Report on the working of the Ranchi Indian Mental Hospital, Kanke, in Bihar and Orissa - 1930-1940
Year: 1930
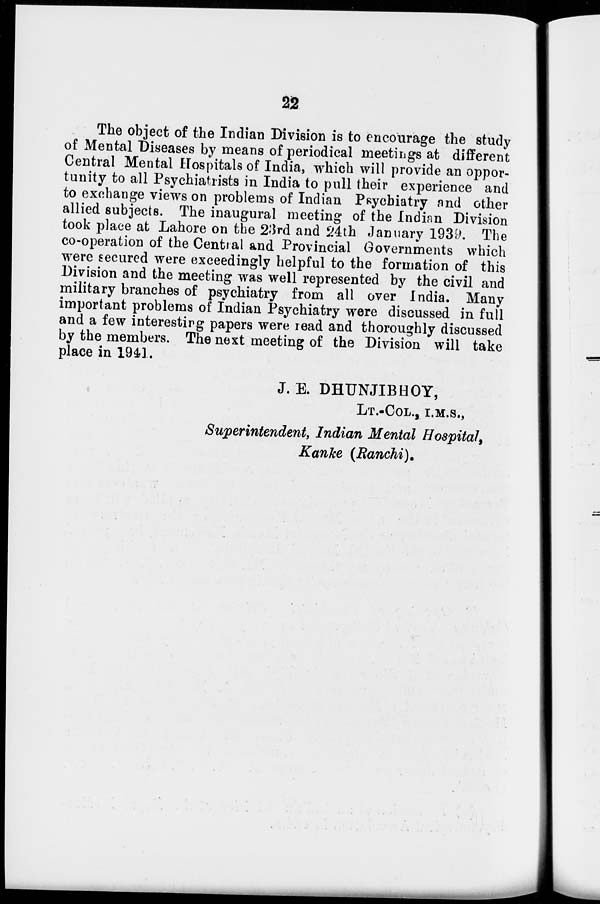
22
The object of the Indian Division is to encourage the study
of Mental "Diseases by means of periodical meetings at different
Central Mental Hospitals of India, which will provide an oppor-
tunity to all Psychiatrists in India to pull their experience and
to exchange views on problems of Indian Psychiatry and other
allied subjects. The inaugural meeting of the Indian Division
took place at Lahore on the 23rd and 24th January 1939. The
co-operation of the Central and Provincial Governments which
were secured were exceedingly helpful to the formation of this
Division and the meeting was well represented by the civil and
military branches of psychiatry from all over India. Many
important problems of Indian Psychiatry were discussed in full
and a few interesting papers were read and thoroughly discussed
by the members. The next meeting of the Division will take
place in 1941.
J. E. DHUNJIBHOY,
LT.-COL., I.M.S.,
Superintendent, Indian Mental Hospital,
Kanke (Ranchi).